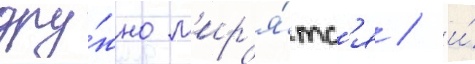
дру́жно м'ир'я́тс'я / и́